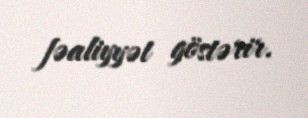
fəaliyyət göstərir.